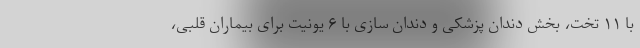
با ۱۱ تخت، بخش دندان پزشکی و دندان سازی با ۶ یونیت برای بیماران قلبی،